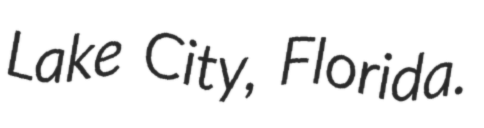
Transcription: Lake City, Florida.